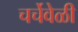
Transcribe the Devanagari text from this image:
चर्चेवेळी